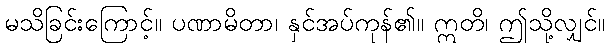
မသိခြင်းကြောင့်။ ပဏာမိတာ၊ နှင်အပ်ကုန်၏။ ဣတိ၊ ဤသို့လျှင်။